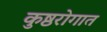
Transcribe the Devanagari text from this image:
कुष्ठरोगात